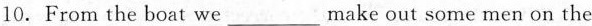
10.From the boat we___make out some men on the